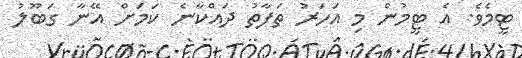
ޓީމެވެ. އެ ޓީމުން މި އަހަރު ތަފާތު ދައްކާާނެ ކަމަށް އޭނާ ގަބޫލު